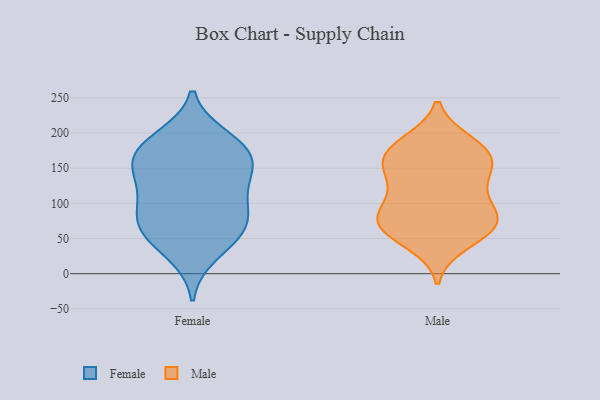
{"axis": {"x": "Market Share (%)", "y": "Value"}, "legend": ["Female", "Male"], "data": [{"x": "", "y": 67, "type": "Female"}, {"x": "", "y": 180, "type": "Female"}, {"x": "", "y": 28, "type": "Female"}, {"x": "", "y": 63, "type": "Female"}, {"x": "", "y": 165, "type": "Female"}, {"x": "", "y": 193, "type": "Female"}, {"x": "", "y": 122, "type": "Female"}, {"x": "", "y": 87, "type": "Female"}, {"x": "", "y": 136, "type": "Female"}, {"x": "", "y": 76, "type": "Female"}, {"x": "", "y": 105, "type": "Female"}, {"x": "", "y": 51, "type": "Female"}, {"x": "", "y": 153, "type": "Female"}, {"x": "", "y": 158, "type": "Female"}, {"x": "", "y": 183, "type": "Female"}, {"x": "", "y": 122, "type": "Male"}, {"x": "", "y": 70, "type": "Male"}, {"x": "", "y": 162, "type": "Male"}, {"x": "", "y": 84, "type": "Male"}, {"x": "", "y": 167, "type": "Male"}, {"x": "", "y": 173, "type": "Male"}, {"x": "", "y": 186, "type": "Male"}, {"x": "", "y": 144, "type": "Male"}, {"x": "", "y": 80, "type": "Male"}, {"x": "", "y": 89, "type": "Male"}, {"x": "", "y": 152, "type": "Male"}, {"x": "", "y": 123, "type": "Male"}, {"x": "", "y": 44, "type": "Male"}, {"x": "", "y": 73, "type": "Male"}, {"x": "", "y": 183, "type": "Male"}, {"x": "", "y": 56, "type": "Male"}, {"x": "", "y": 68, "type": "Male"}]}